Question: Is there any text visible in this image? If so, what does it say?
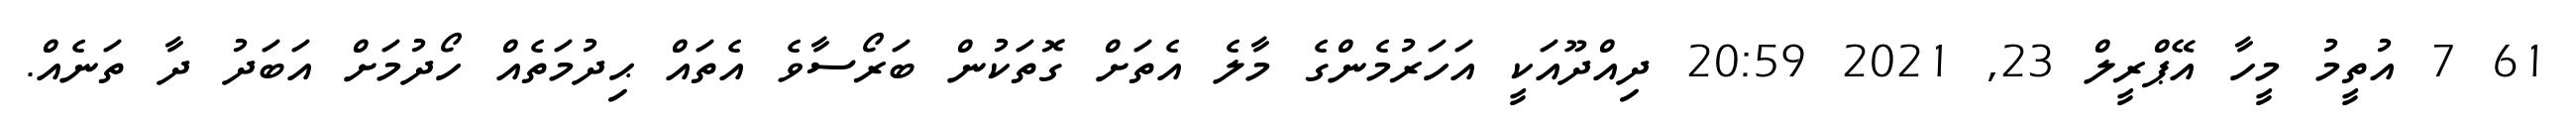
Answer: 61 7 އުތީމު މީހާ އޭޕްރީލް 23, 2021 20:59 ދިއްދޫއަކީ އަހަރުމެންގެ މާލެ އެތަށް ގޮތަކުން ބަރޯސާވެ އެތައް ޙިދުމަތެއް ހޯދުމަށް އަބަދު ދާ ތަނެއް.